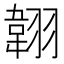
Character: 𦑻